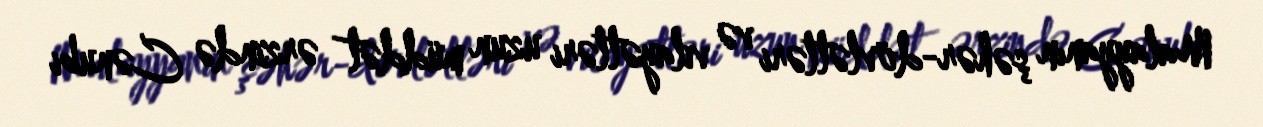
Malayyanın şəhər-dövlətləri və vilayətləri uzun müddət ərzində Cənubi